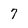
Character: 7